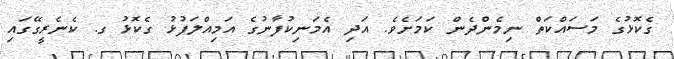
ގެކޮޅުގެ މަސައްކަތް ނިމެންދެން ކަމަށެވެ. އަދި އެމަނިކުފާނުގެ އަމިއްލަފުޅު ގެކޮޅު ގ. ކެނެރީގޭގައި